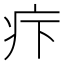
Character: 疜